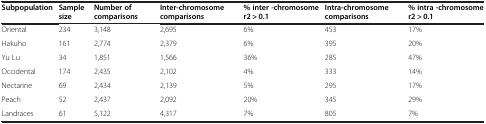
| Subpopulation | Sample size | Number of comparisons | Inter-chromosome comparisons | % inter -chromosome r2 > 0.1 | Intra-chromosome comparisons | % intra -chromosome r2 > 0.1 |
 | --- | --- | --- | --- | --- | --- | --- |
 | Oriental | 234 | 3,148 | 2,695 | 6% | 453 | 17% |
 | Hakuho | 161 | 2,774 | 2,379 | 6% | 395 | 20% |
 | Yu Lu | 34 | 1,851 | 1,566 | 36% | 285 | 47% |
 | Occidental | 174 | 2,435 | 2,102 | 4% | 333 | 14% |
 | Nectarine | 69 | 2,434 | 2,139 | 5% | 295 | 17% |
 | Peach | 52 | 2,437 | 2,092 | 20% | 345 | 29% |
 | Landraces | 61 | 5,122 | 4,317 | 7% | 805 | 7% |